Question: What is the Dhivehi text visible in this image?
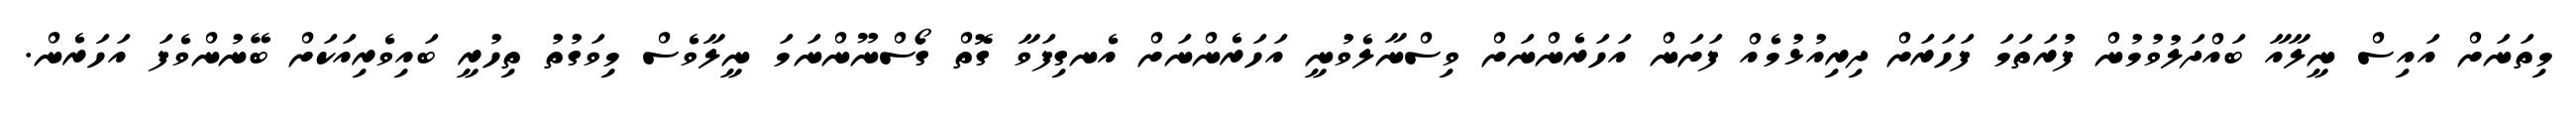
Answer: މިތަނަށް އައިސް ނީލާއާ ބައްދަލުވުމުން ފުރަތަމަ ފަހަރަށް ދިރިއުޅުމެއް ފަށަން އަހަރެންނަށް ވިސްނާލެވުނީ އަހަރެންނަށް އެނގިފަވާ ގޮތް ގޯސްނޫންނަމަ ނީލާވެސް މިވަގުތު ތިހުރީ ބައިވެރިއަކަށް ބޭނުންވެފަ އަހަރެން.